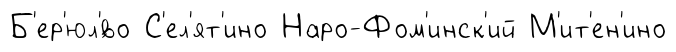
Б'ер'юл'́во С'ел'ят'ино Наро-Фом'инск'ий М'ит'ен'ино